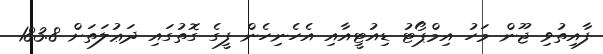
ފާއިތުވި ޖޫން މަހު އިމްޕޯޓު ޑިއުޓީއާއި އެހެނިހެން ފީގެ ގޮތުގައި ދަޢުލަތަށް 183.8